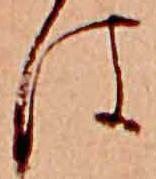
は